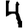
Digit: 4